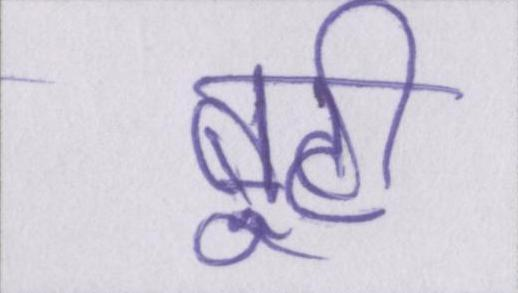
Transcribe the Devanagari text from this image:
बूटी